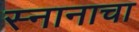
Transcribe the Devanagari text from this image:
स्नानाचा